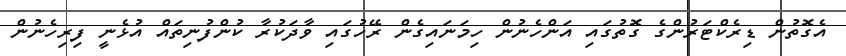
އެގޮތުން ޑިރެކްޓަރުންގެ ގޮތުގައި އަންހެނުން ހިމަނައިގެން ރޭހުގައި ވާދަކުރާ ކުންފުނިތައް އުޅެނީ ފިރިހެނުން